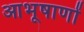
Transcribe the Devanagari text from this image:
आभूषाणों